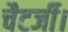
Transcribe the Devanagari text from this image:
चैटर्जी।